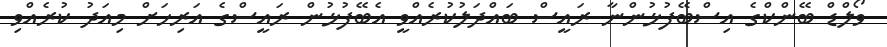
ވޯލްޑް ބޭންކްގެ އިސްބޭފުޅުންނާ ރައީސް ބައްދަލުކުރެއްވީ އެބޭފުޅުން ރައީސްގެ އަރިހަށް މިއަދު ކުރެއްވި